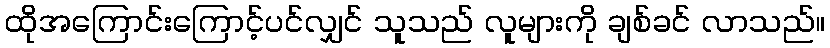
ထိုအကြောင်းကြောင့်ပင်လျှင် သူသည် လူများကို ချစ်ခင် လာသည်။